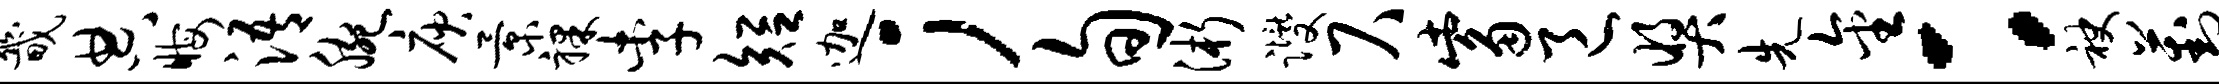
畿典晦浯腕庾景裸李短迦；旬浙躞尺觜邑奖先金：袂葑